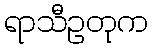
ရာသီဥတုက